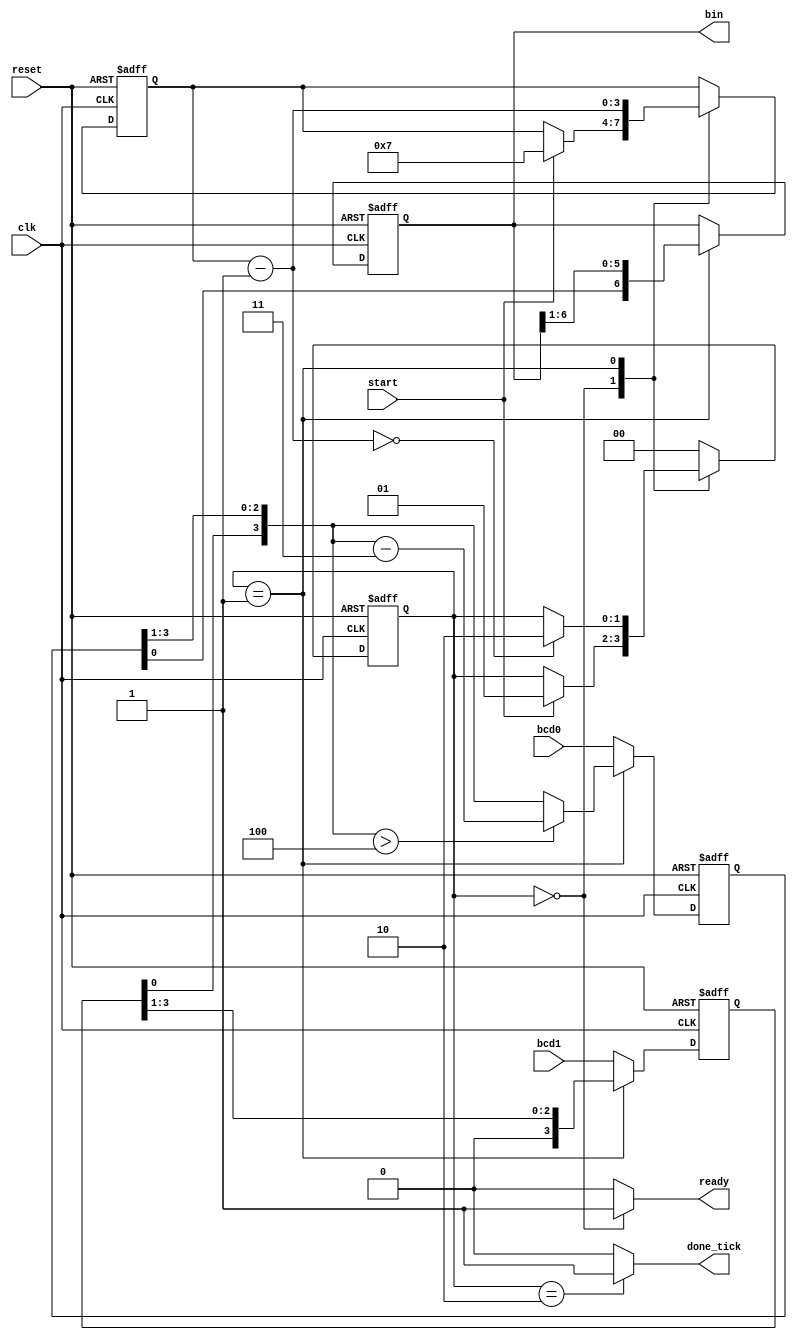
module bcd2bin
   (
    input wire clk, reset,
    input wire start,
    input wire [3:0] bcd1, bcd0,
    output reg ready, done_tick,
    output wire [6:0] bin
   );

   // symbolic state declaration
   localparam [1:0]
      idle = 2'b00,
      op   = 2'b01,
      done = 2'b10;

   // signal declaration
   reg [1:0] state_reg, state_next;
   reg [6:0] bin_reg, bin_next;
   reg [3:0] n_reg, n_next;
   reg [3:0] bcd1_reg, bcd0_reg;
   reg [3:0] bcd1_next, bcd0_next;

   // FSMD state & data registers
   always @(posedge clk, posedge reset)
      if (reset)
         begin
            state_reg <= idle;
            bin_reg <= 0;
            n_reg <= 0;
            bcd1_reg <= 0;
            bcd0_reg <= 0;
         end
      else
         begin
            state_reg <= state_next;
            bin_reg <= bin_next;
            n_reg <= n_next;
            bcd1_reg <= bcd1_next;
            bcd0_reg <= bcd0_next;
         end


   // FSMD next-state logic
   always @*
   begin
   // defaults
   state_next = state_reg;
   ready = 1'b0;
   done_tick = 1'b0;
   bin_next = bin_reg;
   bcd0_next = bcd0;   // route in bcd1 input
   bcd1_next = bcd1;   // route in bcd0 input
   n_next = n_reg;
		
   case (state_reg)
		
      idle:
           begin
           ready = 1'b1;
           if (start)
              begin
              state_next = op;
              n_next = 4'b0111;      // iterate 7 times
              end
           end
				
      op:
          begin
          bin_next = {bcd0_reg[0], bin_reg[6:1]};   // right shift in lowest bit from bcd0_reg
					
	  bcd1_next = {1'b0, bcd1_reg[3:1]};        // right shift in 0 to bcd1
					
          // right shift in bcd1[0] into bcd0, if bcd0 > 4, subtract 3
          bcd0_next = ({bcd1_reg[0], bcd0_reg[3:1]} > 4) ? ({bcd1_reg[0], bcd0_reg[3:1]} - 4'b0011) : {bcd1_reg[0], bcd0_reg[3:1]};   
					
          n_next = n_reg - 1;                       // decrement n
          if (n_next==0)
              state_next = done;	 
          end
				
      done:
           begin
           done_tick = 1'b1;   
           state_next = idle;  
           end
				
      default: state_next = idle;
   endcase
   end  

   // assign output
   assign bin = bin_reg;
	
endmodule